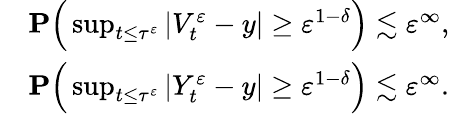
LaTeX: \begin{array}{rl}&{\mathbf{P}\Big(\operatorname*{sup}_{t\leq\tau^{\varepsilon}}|V_{t}^{\varepsilon}-y|\geq\varepsilon^{1-\delta}\Big)\lesssim\varepsilon^{\infty},}\\ &{\mathbf{P}\Big(\operatorname*{sup}_{t\leq\tau^{\varepsilon}}|Y_{t}^{\varepsilon}-y|\geq\varepsilon^{1-\delta}\Big)\lesssim\varepsilon^{\infty}.}\end{array}